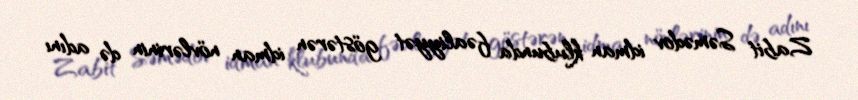
Zabit Səmədov idman klubunda fəaliyyət göstərən idman növlərinin də adını